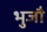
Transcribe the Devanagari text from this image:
भुजौ